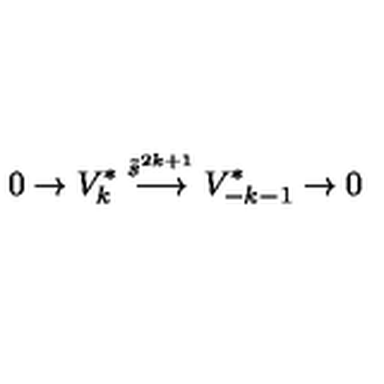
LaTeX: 0 \rightarrow V _ { k } ^ { * } \stackrel { \tilde { s } ^ { 2 k + 1 } } { \longrightarrow } V _ { - k - 1 } ^ { * } \rightarrow 0